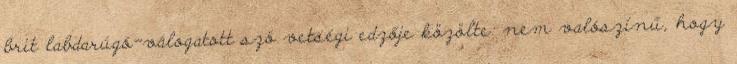
brit labdarúgó-válogatott szö­ vetségi edzője közölte: nem valószínű, hogy